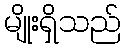
မျိုးရှိသည်